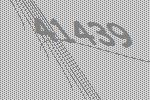
41439